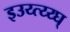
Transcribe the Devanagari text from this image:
इउय्त्य्य्घ्